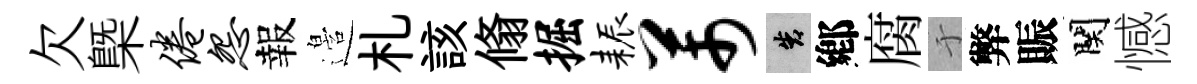
欠㮣倦怨報邉札該翛掘耨芾告鄕腐于弊賑関憾